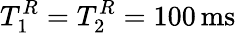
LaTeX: T_{1}^{R}=T_{2}^{R}=100\, \mathrm{ms}